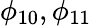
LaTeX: \phi_{10},\phi_{11}